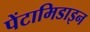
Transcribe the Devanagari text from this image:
पेंटामिडाइन